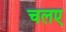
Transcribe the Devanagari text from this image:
चलए